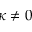
\kappa \neq 0